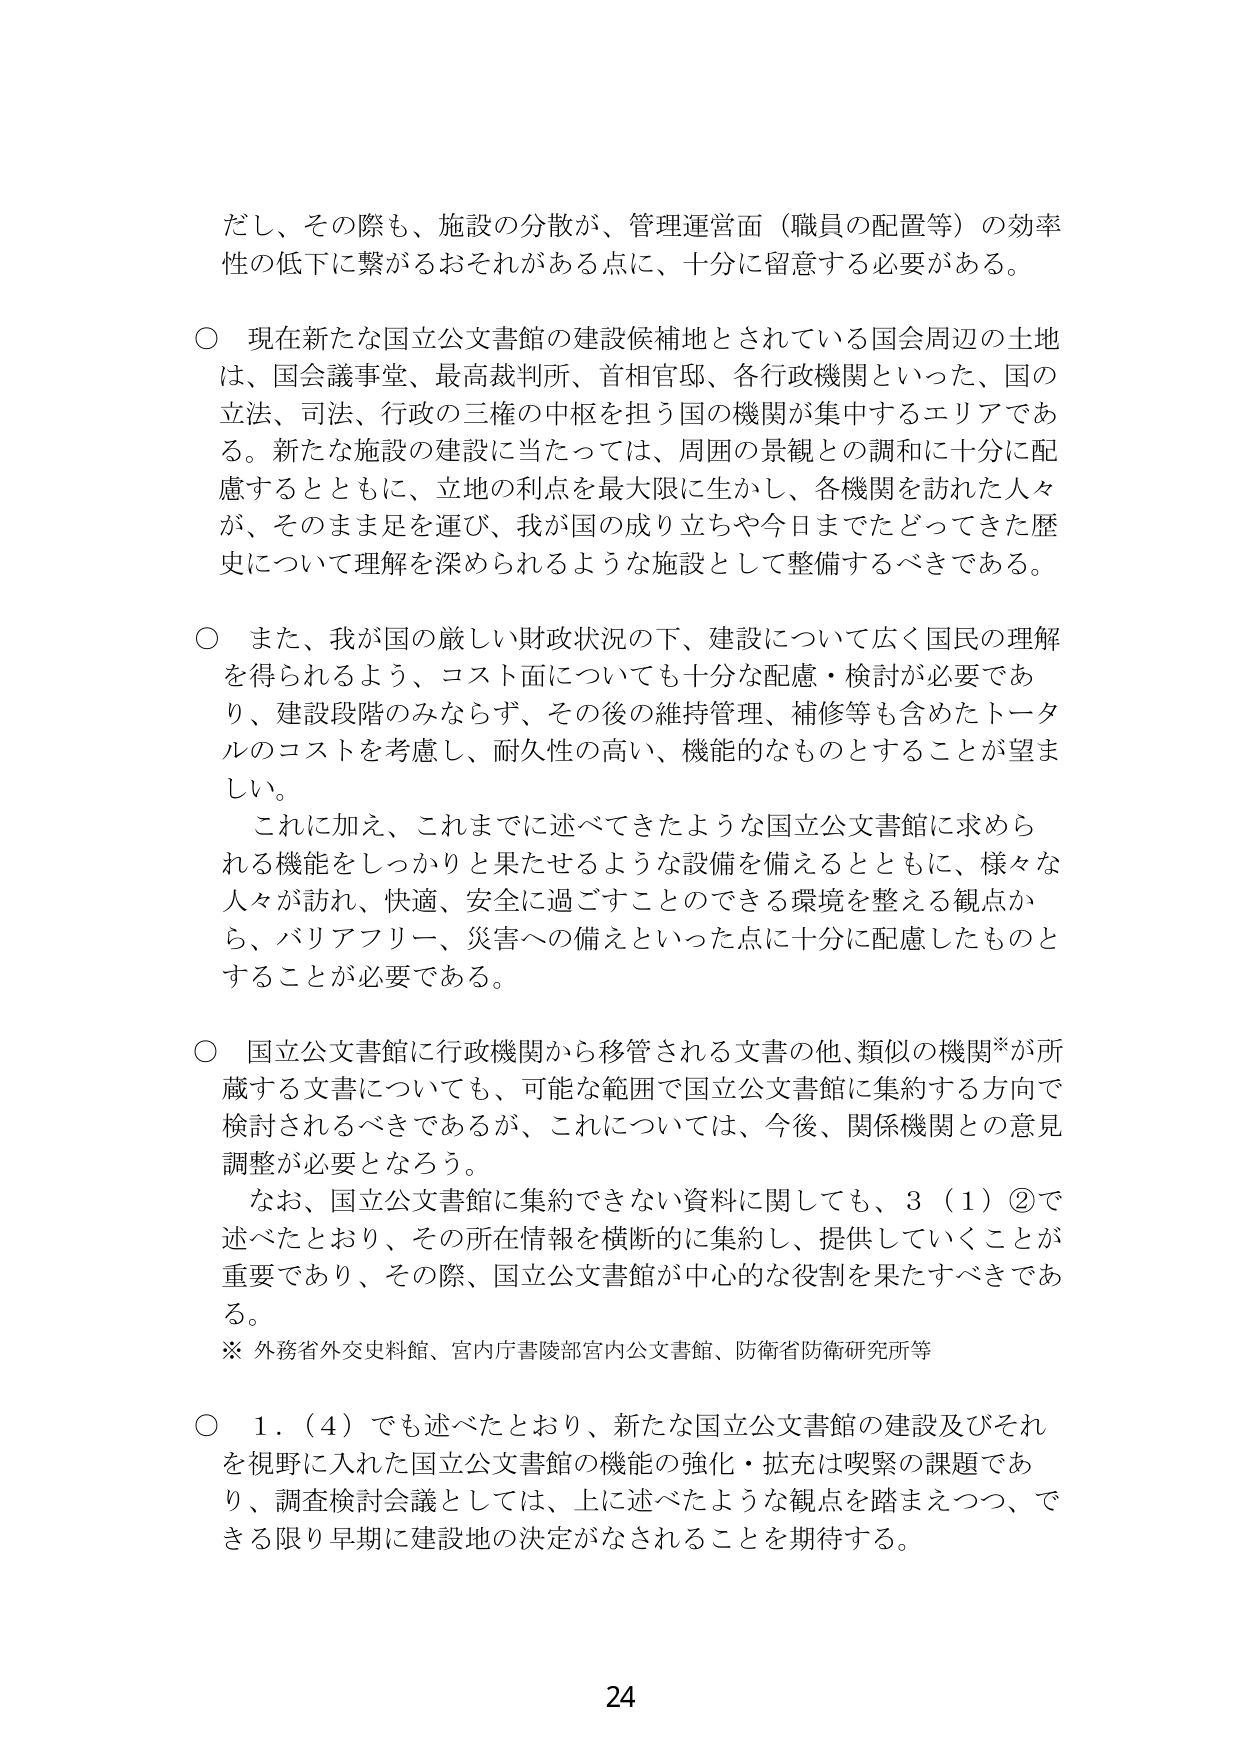
だし、その際も、施設の分散が、管理運営面（職員の配置等）の効率性の低下に繋がるおそれがある点に、十分に留意する必要がある。

○ 現在新たな国立公文書館の建設候補地とされている国会周辺の土地は、国会議事堂、最高裁判所、首相官邸、各行政機関といった、国の立法、司法、行政の三権の中枢を担う国の機関が集中するエリアである。新たな施設の建設に当たっては、周囲の景観との調和に十分に配慮するとともに、立地の利点を最大限に生かし、各機関を訪れた人々が、そのまま足を運び、我が国の成り立ちや今日までたどってきた歴史について理解を深められるような施設として整備するべきである。

○ また、我が国の厳しい財政状況の下、建設について広く国民の理解を得られるよう、コスト面についても十分な配慮・検討が必要であり、建設段階のみならず、その後の維持管理、補修等も含めたトータルのコストを考慮し、耐久性の高い、機能的なものとすることが望ましい。
　これに加え、これまでに述べてきたような国立公文書館に求められる機能をしっかりと果たせるような設備を備えるとともに、様々な人々が訪れ、快適、安全に過ごすことのできる環境を整える観点から、バリアフリー、災害への備えといった点に十分に配慮したものとすることが必要である。

○ 国立公文書館に行政機関から移管される文書の他、類似の機関*が所蔵する文書についても、可能な範囲で国立公文書館に集約する方向で検討されるべきであるが、これについては、今後、関係機関との意見調整が必要となろう。
　なお、国立公文書館に集約できない資料に関しても、3（1）②で述べたとおり、その所在情報を横断的に集約し、提供していくことが重要であり、その際、国立公文書館が中心的な役割を果たすべきである。
※ 外務省外交史料館、宮内庁書陵部宮内公文書館、防衛省防衛研究所等

○ 1．（4）でも述べたとおり、新たな国立公文書館の建設及びそれを視野に入れた国立公文書館の機能の強化・拡充は喫緊の課題であり、調査検討会議としては、上に述べたような観点を踏まえつつ、できる限り早期に建設地の決定がなされることを期待する。

24